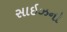
સાઇઝનો